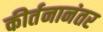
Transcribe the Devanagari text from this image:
कीर्तनानंतर